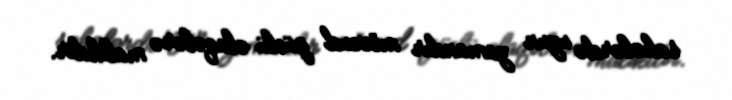
sahələrdə uzun zamandır mövcud güclü əlaqələrə malikdir.